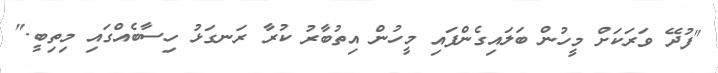
"ފުދޭ ވަރަކަށް މީހުން ބަލައިގެންފައި މީހުން އިތުބާރު ކުރާ ރަނގަޅު ހިސާބެއްގައި މިތިބީ."